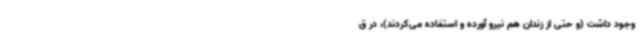
وجود داشت (و حتی از زندان هم نیرو آورده و استفاده می‌کردند)، در ق